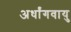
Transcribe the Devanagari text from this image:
अर्धांगवायु